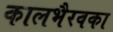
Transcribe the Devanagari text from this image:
कालभैरवका